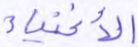
الأغنياء